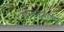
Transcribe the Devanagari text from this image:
गोरक्षनाथरचित